Indian journal of veterinary science and animal husbandry - Volume 3,
Year: 1933
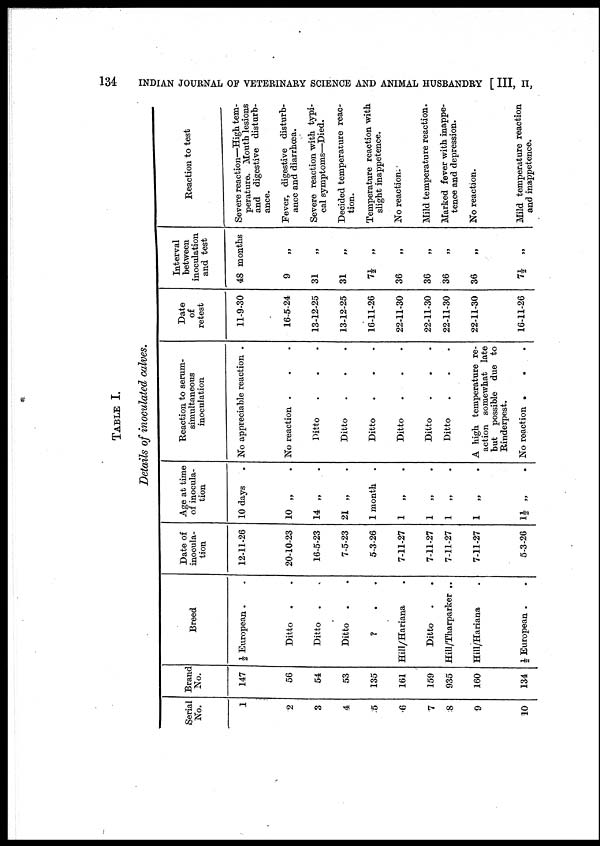
134
INDIAN JOURNAL OF VETERINARY SCIENCE AND ANIMAL HUSBANDRY [ III, II,
TABLE I.
Details of inoculated calves.
Serial
No.
1
2
3
4
5
6
7
8
9
10
Brand
No.
147
56
54
53
135
161
159
935
160
134
Breed
½ European . .
Ditto
. .
Ditto
. .
Ditto
. .
? . .
Hill/Hariana .
Ditto
. .
Hill/Tharparker ..
Hill/Hariana .
½ European . .
Date of
inocula-
tion
12-11-26
20-10-23
16-5-23
7-5-23
5-3-26
7-11-27
7-11-27
7-11-27
7-11-27
5-3-26
Age at time
of inocula-
tion
10 days .
10 „ .
14 „ .
21 „ .
1 month .
1
„ .
1
„ .
1
„ .
1 „ .
1½
„
.
Reaction to serum-
simultaneous
inoculation
No appreciable reaction .
No reaction . . .
Ditto . . .
Ditto . . .
Ditto . . .
Ditto . . .
Ditto . . .
Ditto . . .
A high, temperature re-
action somewhat late
but possible due to
Rinderpest.
No reaction . . .
Date
of
retest
11-9-30
16-5-24
13-12-25
13-12-25
16-11-26
22-11-30
22-11-30
22-11-30
22-11-30
16-11-26
Interval
between
inoculation
and test
48 months
9
„
31 „
31 „
7½ „
36 „
36 „
36 „
36 „
7½
„
Reaction to test
Severe reaction—High tem-
perature. Mouth lesions
and digestive disturb-
ance.
Fever, digestive disturb-
ance and diarrhœa.
Severe reaction with typi-
cal symptoms—Died.
Decided temperature reac-
tion.
Temperature reaction with
slight inappetence.
No reaction.
Mild temperature reaction.
Marked fever with inappe-
tence and depression.
No reaction.
Mild temperature reaction
and inappetence.